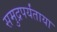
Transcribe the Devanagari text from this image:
समुद्रपर्यंताया